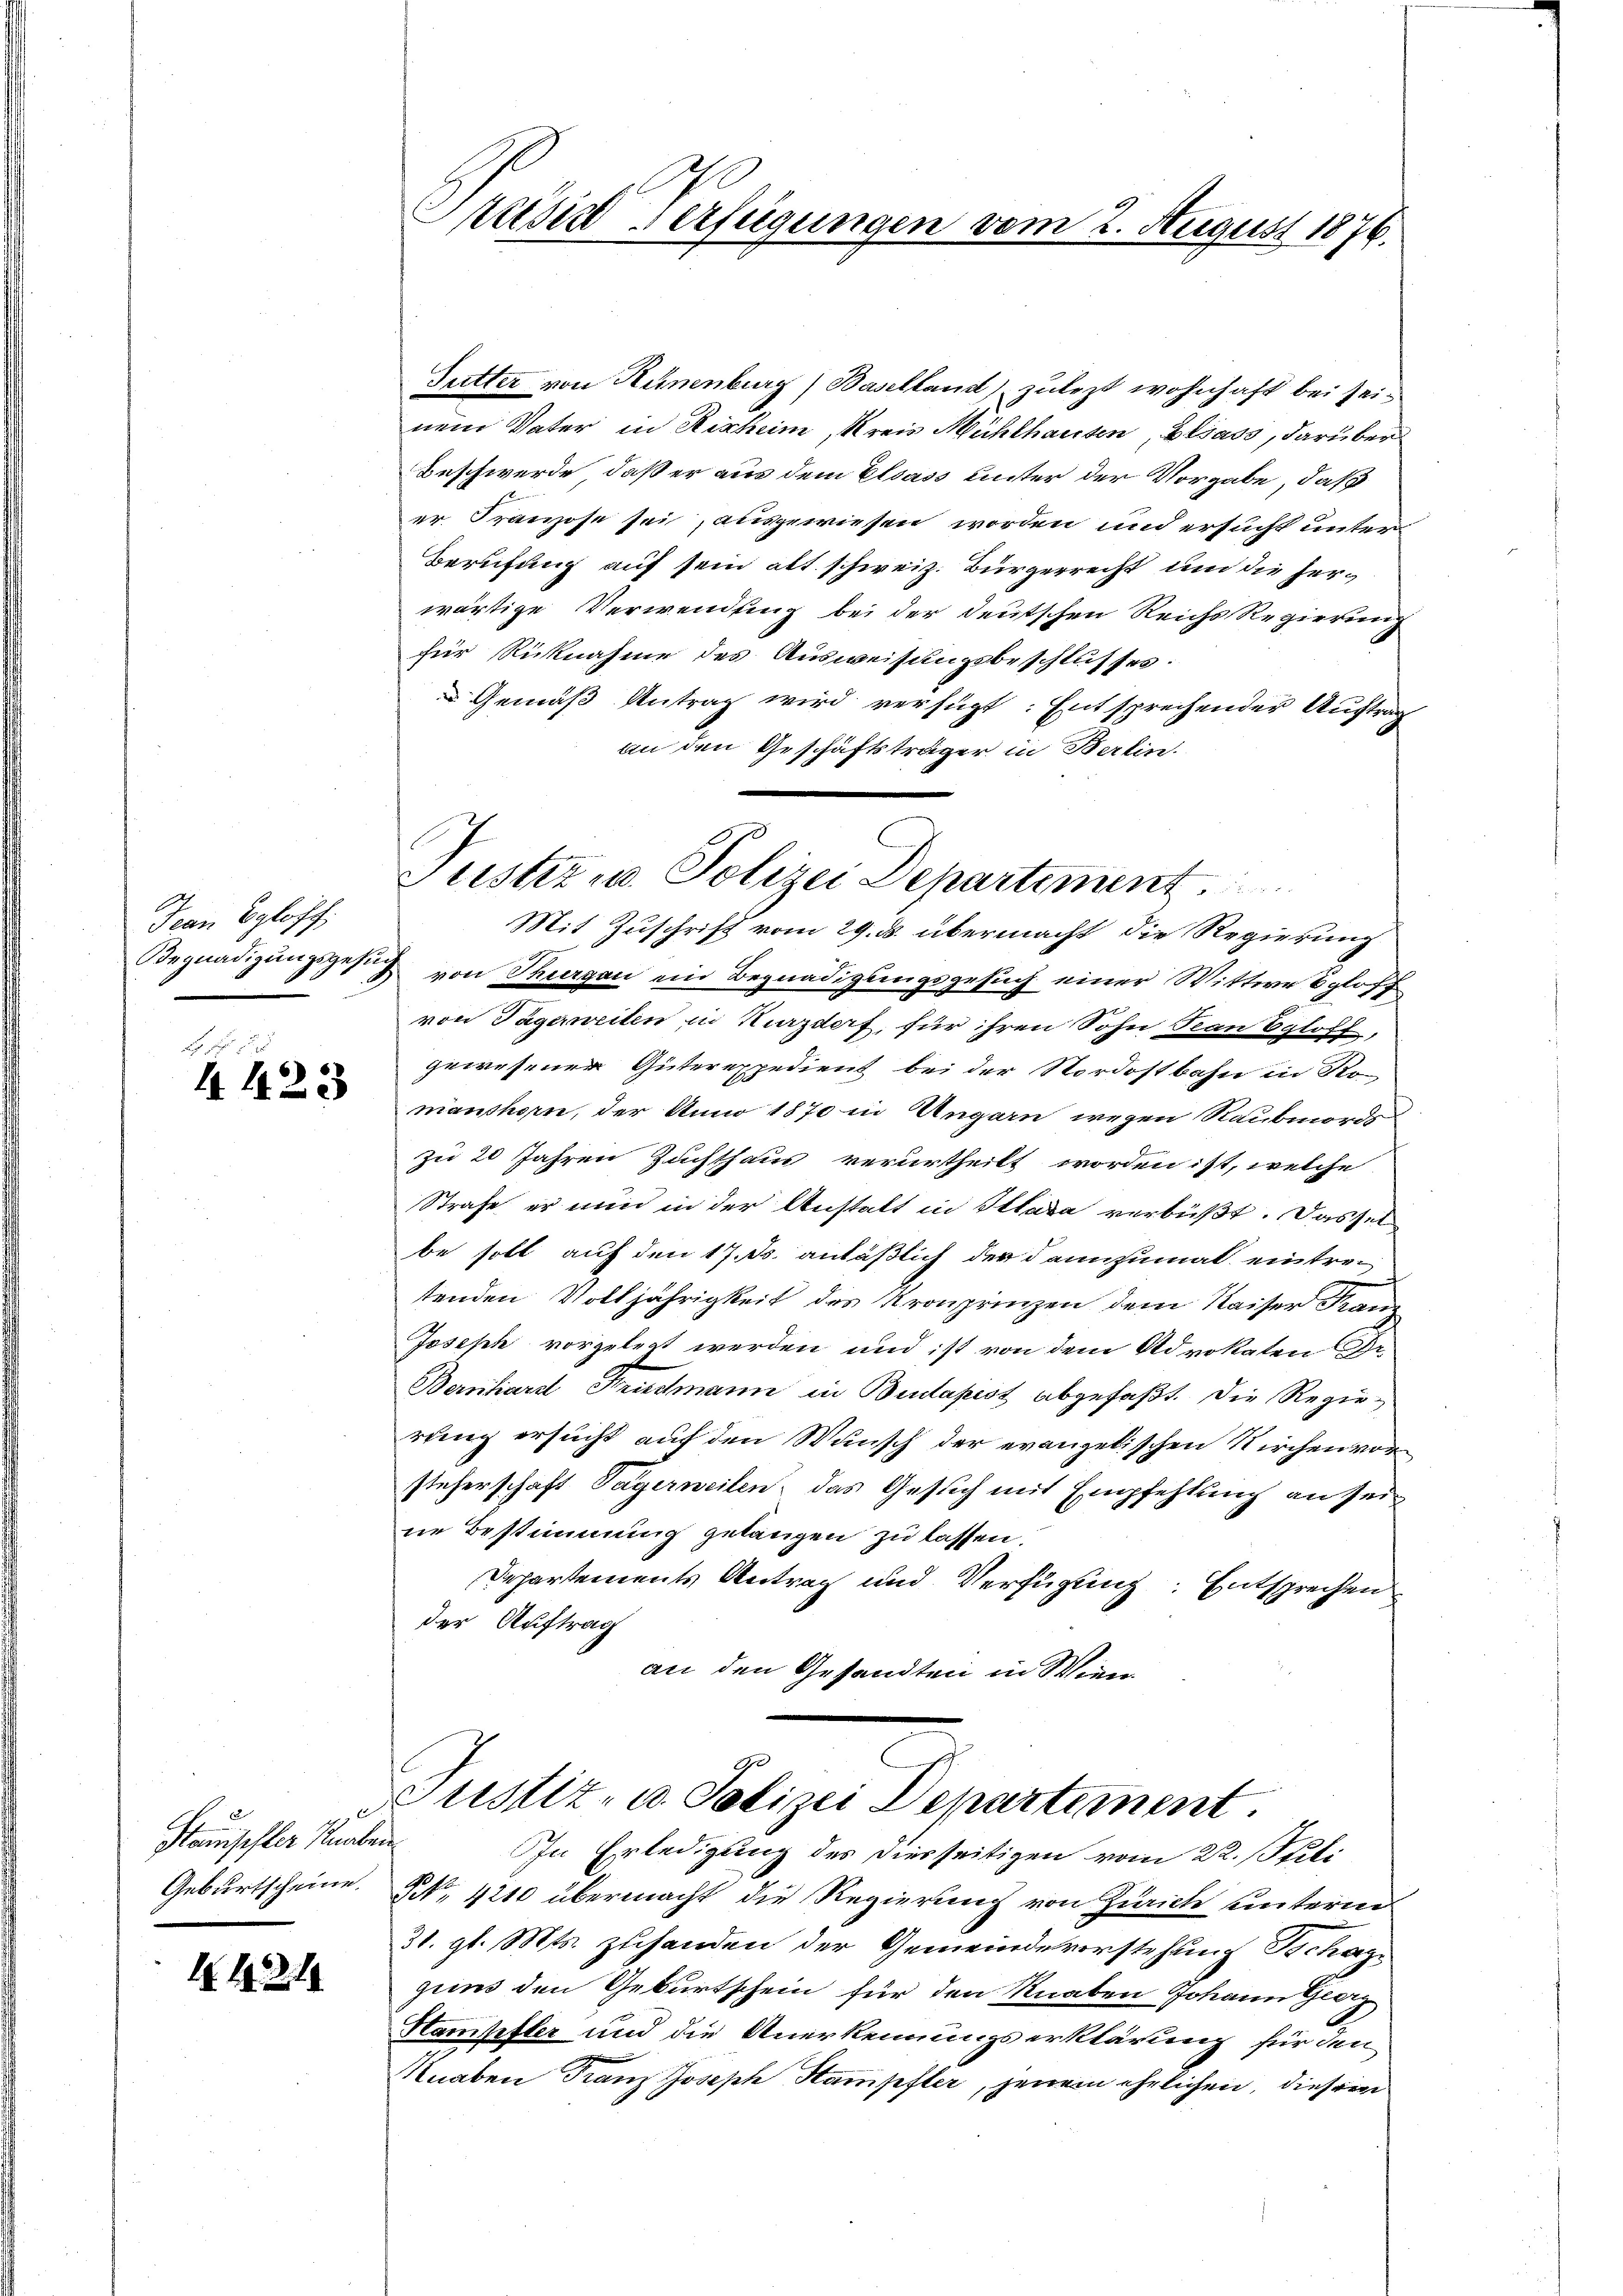
Jean Eglisch

2 No 1

2
Stanischler Knaben
Geburtscheine.

I. 1921

Futter von Hünenburg) Baselland zulezt wohnhaft bei seinem Vater in Rinheim, Kreis Mühlhausen, Elsass, darüber
Beschwerde, daß er aus dem Elsass hinter der Vorgabe, daß
er Franzose sei, ausgewiesen worden und ersucht unter
Berufung auf sein alt. schweiz. Bürgerrecht und die herwärtige Verwendung bei der deutschen Reichs Regierung
für Rücknahme des Ausweisungsbeschlusses.
Gemäß Antrag wird verfügt: Entsprechender Auftrag
an den Geschäftsträger in Berlin.
Mit Zuschrift vom 29. ds. übermacht, die Regierung
Begnadigŭngsgesung von Thurgau ein Begnadigungsgesuch einer Wittwe Egloff
von Tägerweiten in Mazdorf, für ihren Sohn an Egloff,
gewesener Güterexpedient bei der Nordostbahn in Ko-
manshorn, der Anno 1870 in Ungarn wegen Raubmords
zu 20 Jahren Zuchthaus verurtheilt worden ist, welche
Strafe er nun in der Anstatt in Klara verbüßt. Das sel
be soll auf den 17. Js. anläßlich der dannzumal eintretenden Volljährigkeit des Kronprinzen dem Kaiser Franz
Joseph vorgelegt werden und ist von dem Advokaten (S.
Bernhard Fruchmann in Budapest abgefaßt. Die Regierung ersucht auf den Wunsch der evangelischen Kirchen vorsteherschaft Tagerweilen, das Gesuch mit Empfehlung an seine Bestimmung gelangen zu lassen.
Departements Antrag und Verfügung: Entsprechen
der Auftrag
an den Gesandten in Wien

Prubist Verfügungen vom 2. August 1876.

Justiz u. Polizei Departement

90
Justiz- u. Polizei Departement.
In Erledigung des Dierseitigen vom 22. Stili

Nr. 4240 übermacht die Regierung von Zürich unterm
31. gl. Mts. zuhanden der Gemeindeverstehung Tschaz
gens den Geburtschein für den Knaben Johann Georg
Hampfler und die Anerkennungserklärung für den
Knaben Franz Joseph Stampfter, jenem ehrlichen, dieser